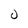
Character: 0